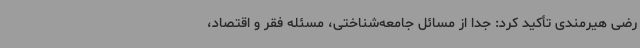
رضی هیرمندی تأکید کرد: جدا از مسائل جامعه‌شناختی، مسئله فقر و اقتصاد،